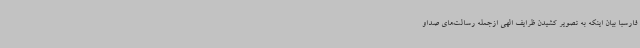
فارسبا بیان اینکه به تصویر کشیدن ظرایف الهی ازجمله رسالت‌های صداو